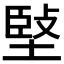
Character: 𡏃